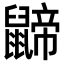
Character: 𪕬